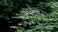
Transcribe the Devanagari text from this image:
सेक्सटा